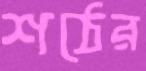
শঠের